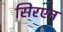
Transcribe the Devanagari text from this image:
सिरएन